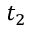
t _ { 2 }